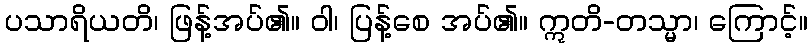
ပသာရိယတိ၊ ဖြန့်အပ်၏။ ဝါ၊ ပြန့်စေ အပ်၏။ ဣတိ-တသ္မာ၊ ကြောင့်။